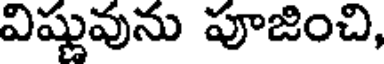
విష్ణువును పూజించి,